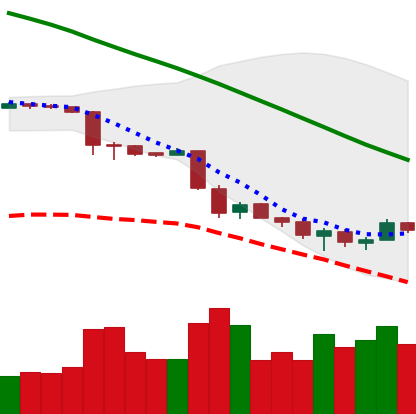
Ticker: ETH-USD
Chart end date: 2018-11-29
Forward return: -6.235%
Label: down_5_7